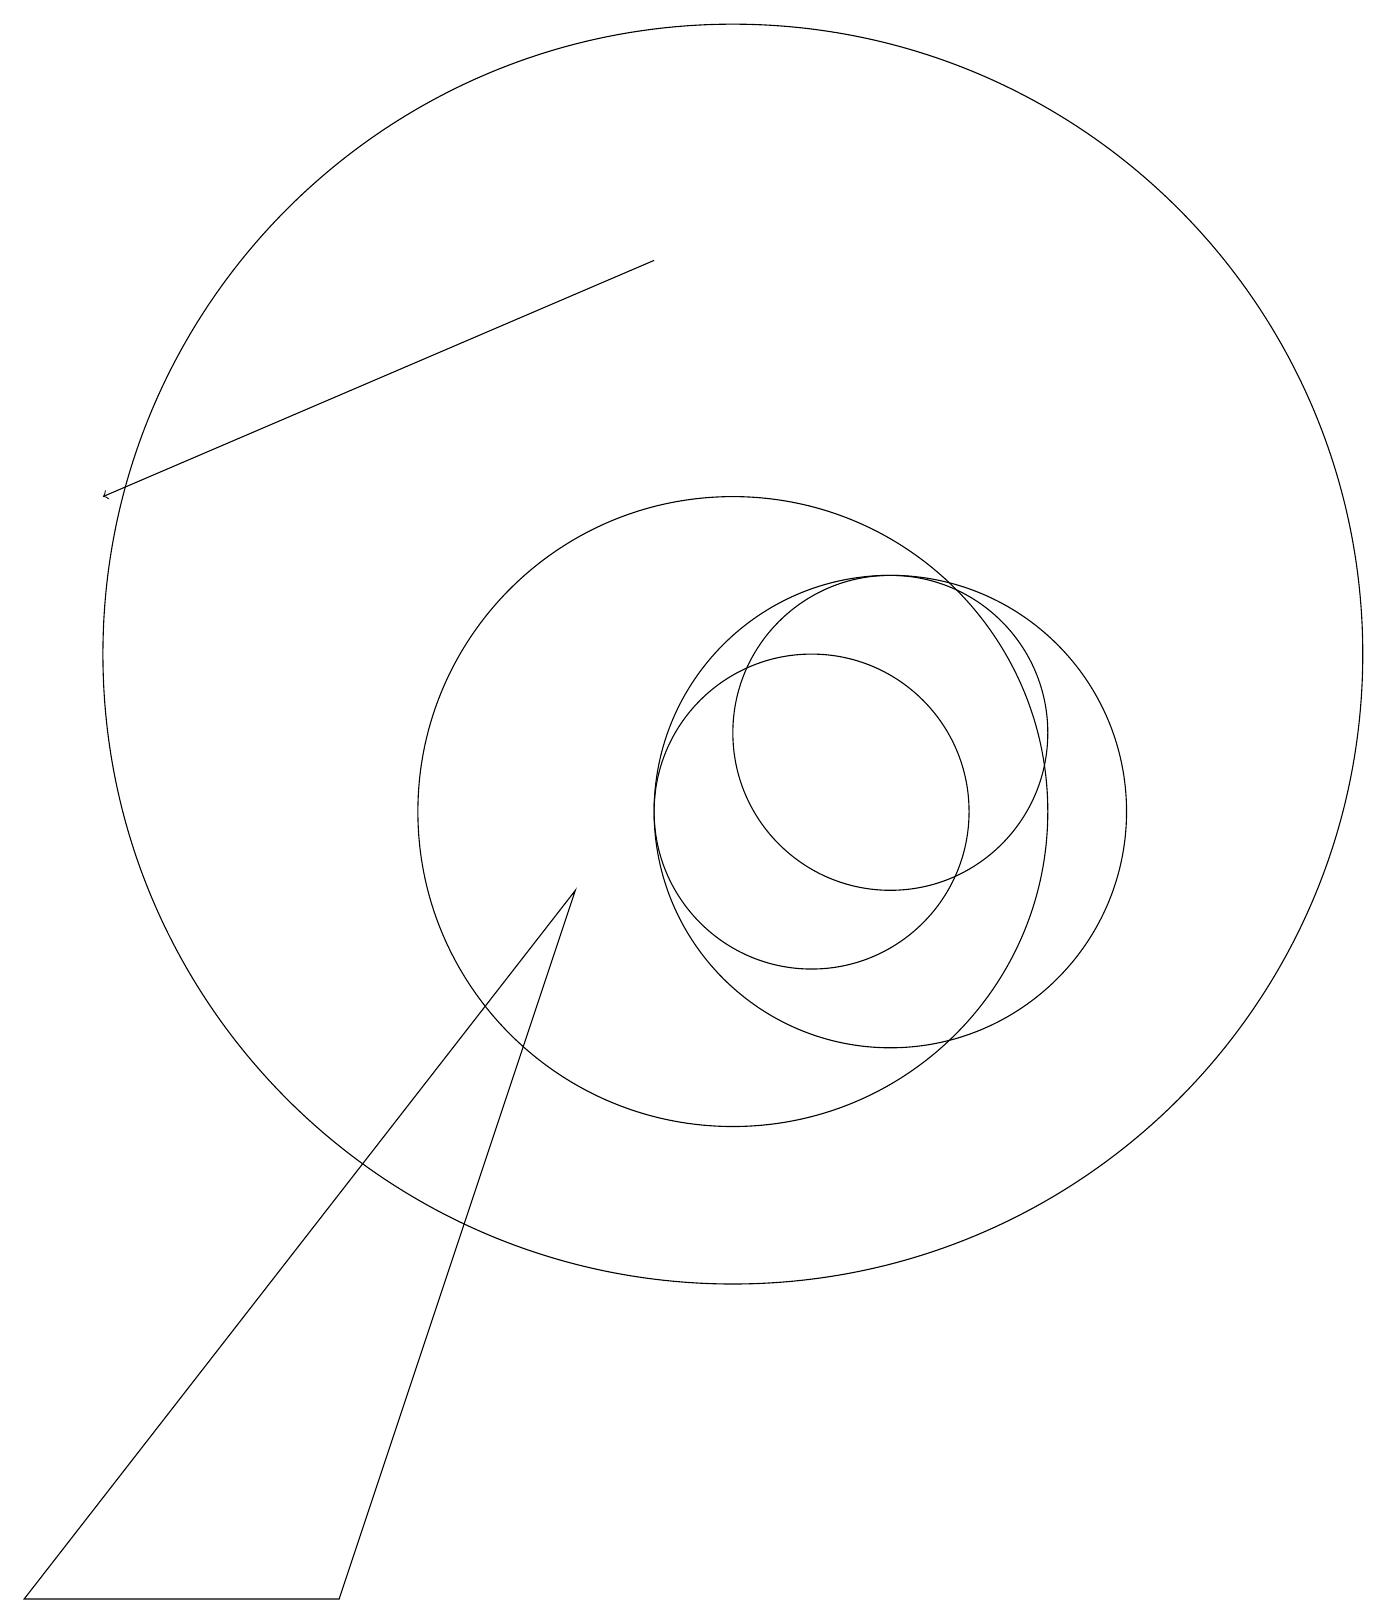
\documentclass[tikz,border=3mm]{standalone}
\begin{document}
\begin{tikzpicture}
\draw (10,10) circle (4);
\draw[->] (9,17) -- (2,14);
\draw (1,0) -- (8,9) -- (5,0) -- cycle;
\draw (10,12) circle (8);
\draw (11,10) circle (2);
\draw (12,10) circle (3);
\draw (12,11) circle (2);
\draw (12,12) circle (0);
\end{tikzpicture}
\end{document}